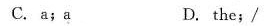
C. a;a D. the;/